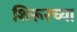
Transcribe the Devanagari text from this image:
शिरूरच्या